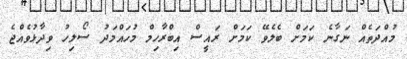
މުއްދަތެއް ނަގާނެ ކަމަށް ބެލެވޭ ކަމަށް ރައީސް އިބްރާހިމް މުހައްމަދު ސޯލިހު ވިދާޅުވެއްޖެ